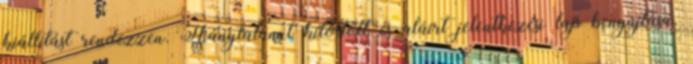
kiállítást rendezzen. Hiánytalanul kitöltött és aláírt jelentkezési lap benyújtása,